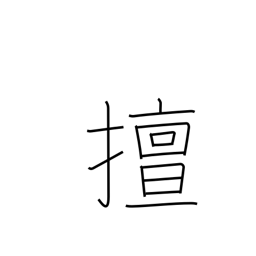
Meaning: self-indulgent